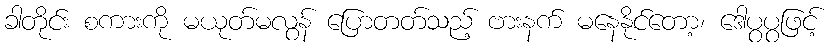
ခါတိုင်း စကားကို မယုတ်မလွန် ပြောတတ်သည့် ဗားနက် မနေနိုင်တော့၊ ဒေါပွပွဖြင့်